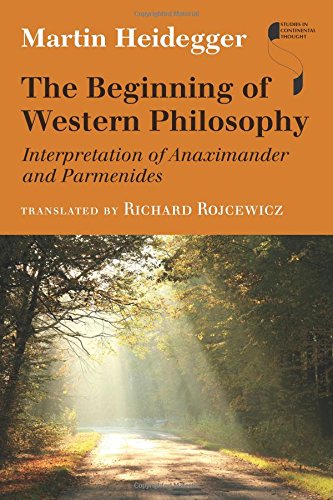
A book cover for The Beginning of Western Philosophy: Interpretation of Anaximander and Parmenides (Studies in Continental Thought); Martin Heidegger; Politics & Social Sciences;